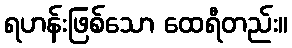
ရဟန်းဖြစ်သော ထေရီတည်း။